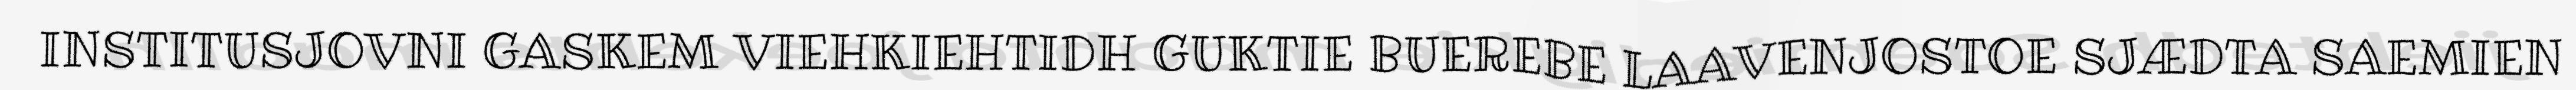
INSTITUSJOVNI GASKEM VIEHKIEHTIDH GUKTIE BUEREBE LAAVENJOSTOE SJÆDTA SAEMIEN